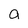
Character: a